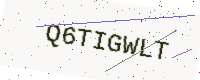
Text: Q6TIGWLT